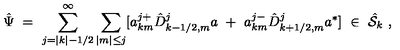
{ \hat { \Psi } } \ = \ \sum _ { j = | k | - 1 / 2 } ^ { \infty } \sum _ { | m | \le j } [ a _ { k m } ^ { j + } { \hat { D } } _ { k - 1 / 2 , m } ^ { j } a \ + \ a _ { k m } ^ { j - } { \hat { D } } _ { k + 1 / 2 , m } ^ { j } a ^ { * } ] \ \in \ { \hat { \cal S } } _ { k } \ ,